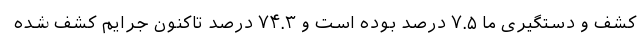
کشف و دستگیری ما ۷.۵ درصد بوده است و ۷۴.۳ درصد تاکنون جرایم کشف شده